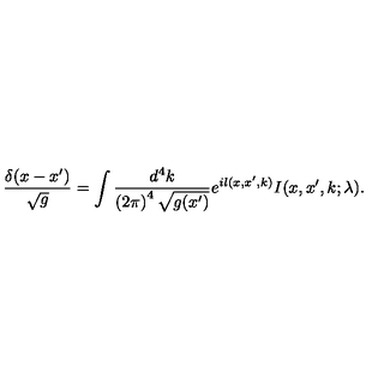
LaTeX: \frac { \delta ( x - x ^ { \prime } ) } { \sqrt { g } } = \int \frac { d ^ { 4 } k } { \left( 2 \pi \right) ^ { 4 } \sqrt { g ( x ^ { \prime } ) } } e ^ { i l ( x , x ^ { \prime } , k ) } I ( x , x ^ { \prime } , k ; \lambda ) .